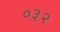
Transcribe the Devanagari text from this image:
०३२